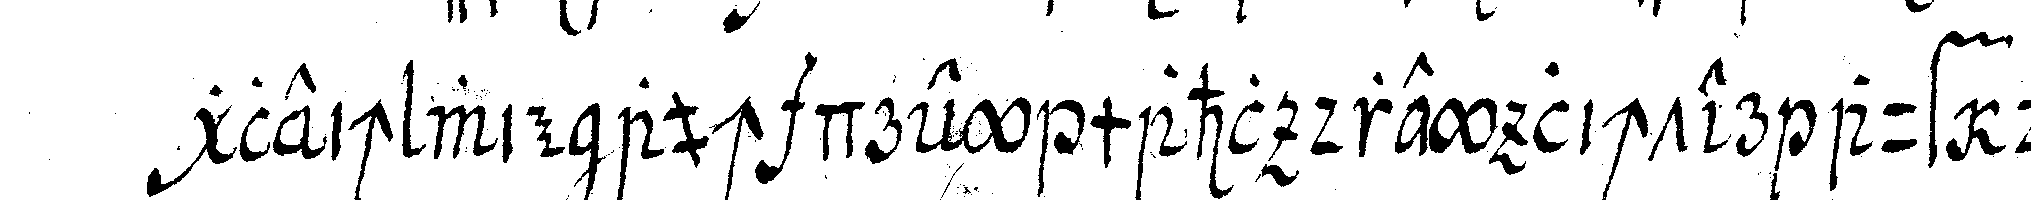
gleichtwie auch drey mahl drey lichter auf deN